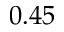
0 . 4 5